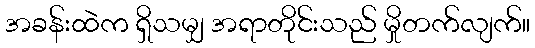
အခန်းထဲက ရှိသမျှ အရာတိုင်းသည် မှိုတက်လျက်။